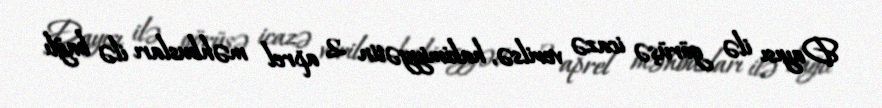
Dayısı ilə görüşə icazə verilsə, hakimiyyətin 2 aprel məhbusları ilə bağlı